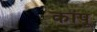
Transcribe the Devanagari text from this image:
कांपू